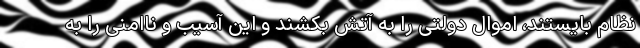
نظام بایستند، اموال دولتی را به آتش بکشند و این آسیب و ناامنی را به